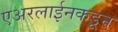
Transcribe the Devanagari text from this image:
एअरलाईनकडून